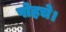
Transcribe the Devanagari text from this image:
पोहचे।